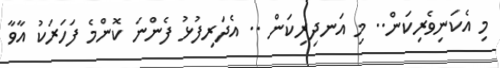
މި އެކަނިވެރިކަން.. މި އަނދިރިކަން .. އެދަރިފުޅު ފެންނަ ކޮންމެ ފަހަރަކު އާވާ